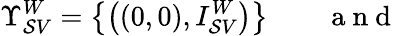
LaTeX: \Upsilon_{\mathcal{S}V}^{W}=\big\{ \big((0,0),I_{\mathcal{S}V}^{W}\big)\big\} \qquad\mathrm{{~a~n~d~}}